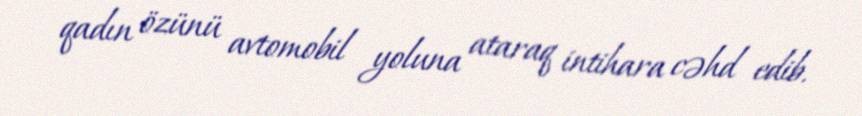
qadın özünü avtomobil yoluna ataraq intihara cəhd edib.